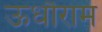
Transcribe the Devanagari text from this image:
ऊधौराम